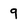
Character: 9